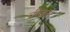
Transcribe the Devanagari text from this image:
टीज़रों